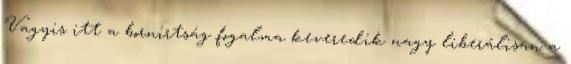
Vagyis itt a bornírtság fogalma keveredik nagy liberálisan a